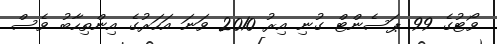
ވޯޓުގެ 99 ޕަސެންޓް ގުނި އިރު 2010 ވަނަ އަހަރުގެ އިންތިހާބު ވެސް